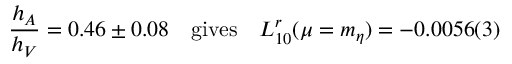
{ \frac { h _ { A } } { h _ { V } } } = 0 . 4 6 \pm 0 . 0 8 \quad \mathrm { g i v e s } \quad L _ { 1 0 } ^ { r } ( \mu = m _ { \eta } ) = - 0 . 0 0 5 6 ( 3 )